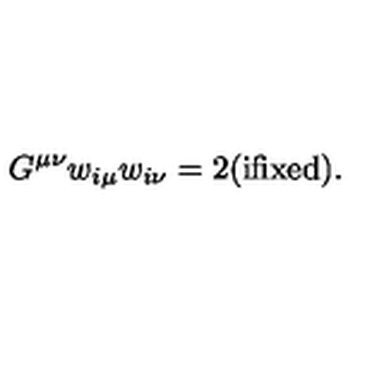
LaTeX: G ^ { \mu \nu } w _ { i \mu } w _ { i \nu } = 2 ( \mathrm { i f i x e d } ) .